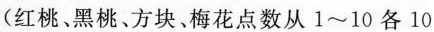
(红桃、黑桃、方块、梅花点数从 1~10 各 10